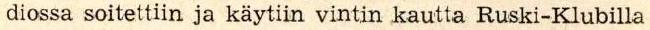
diossa soitettiin ja käytiin vintin kautta Ruski-Klubilla